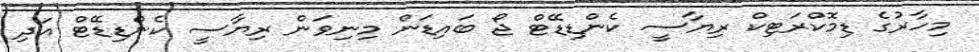
މިހާރުގެ ޑިމޮކްރަޓިކް ރިޔާސީ ކެންޑިޑޭޓް ޖޯ ބައިޑަން މިނިވަން ރިޔާސީ ކެންޑިޑޭޓް އަދި